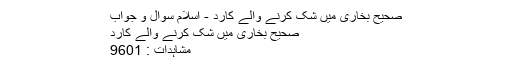
صحیح بخاری میں شک کرنے والے کارد - اسلام سوال و جواب
صحیح بخاری میں شک کرنے والے کارد
مشاہدات : 9601